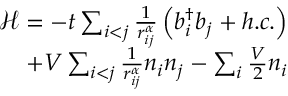
\begin{array} { r } { \mathcal { H } = - t \sum _ { i < j } \frac { 1 } { r _ { i j } ^ { \alpha } } \left( b _ { i } ^ { \dagger } b _ { j } + h . c . \right) } \\ { + V \sum _ { i < j } \frac { 1 } { r _ { i j } ^ { \alpha } } n _ { i } n _ { j } - \sum _ { i } \frac { V } { 2 } n _ { i } } \end{array}